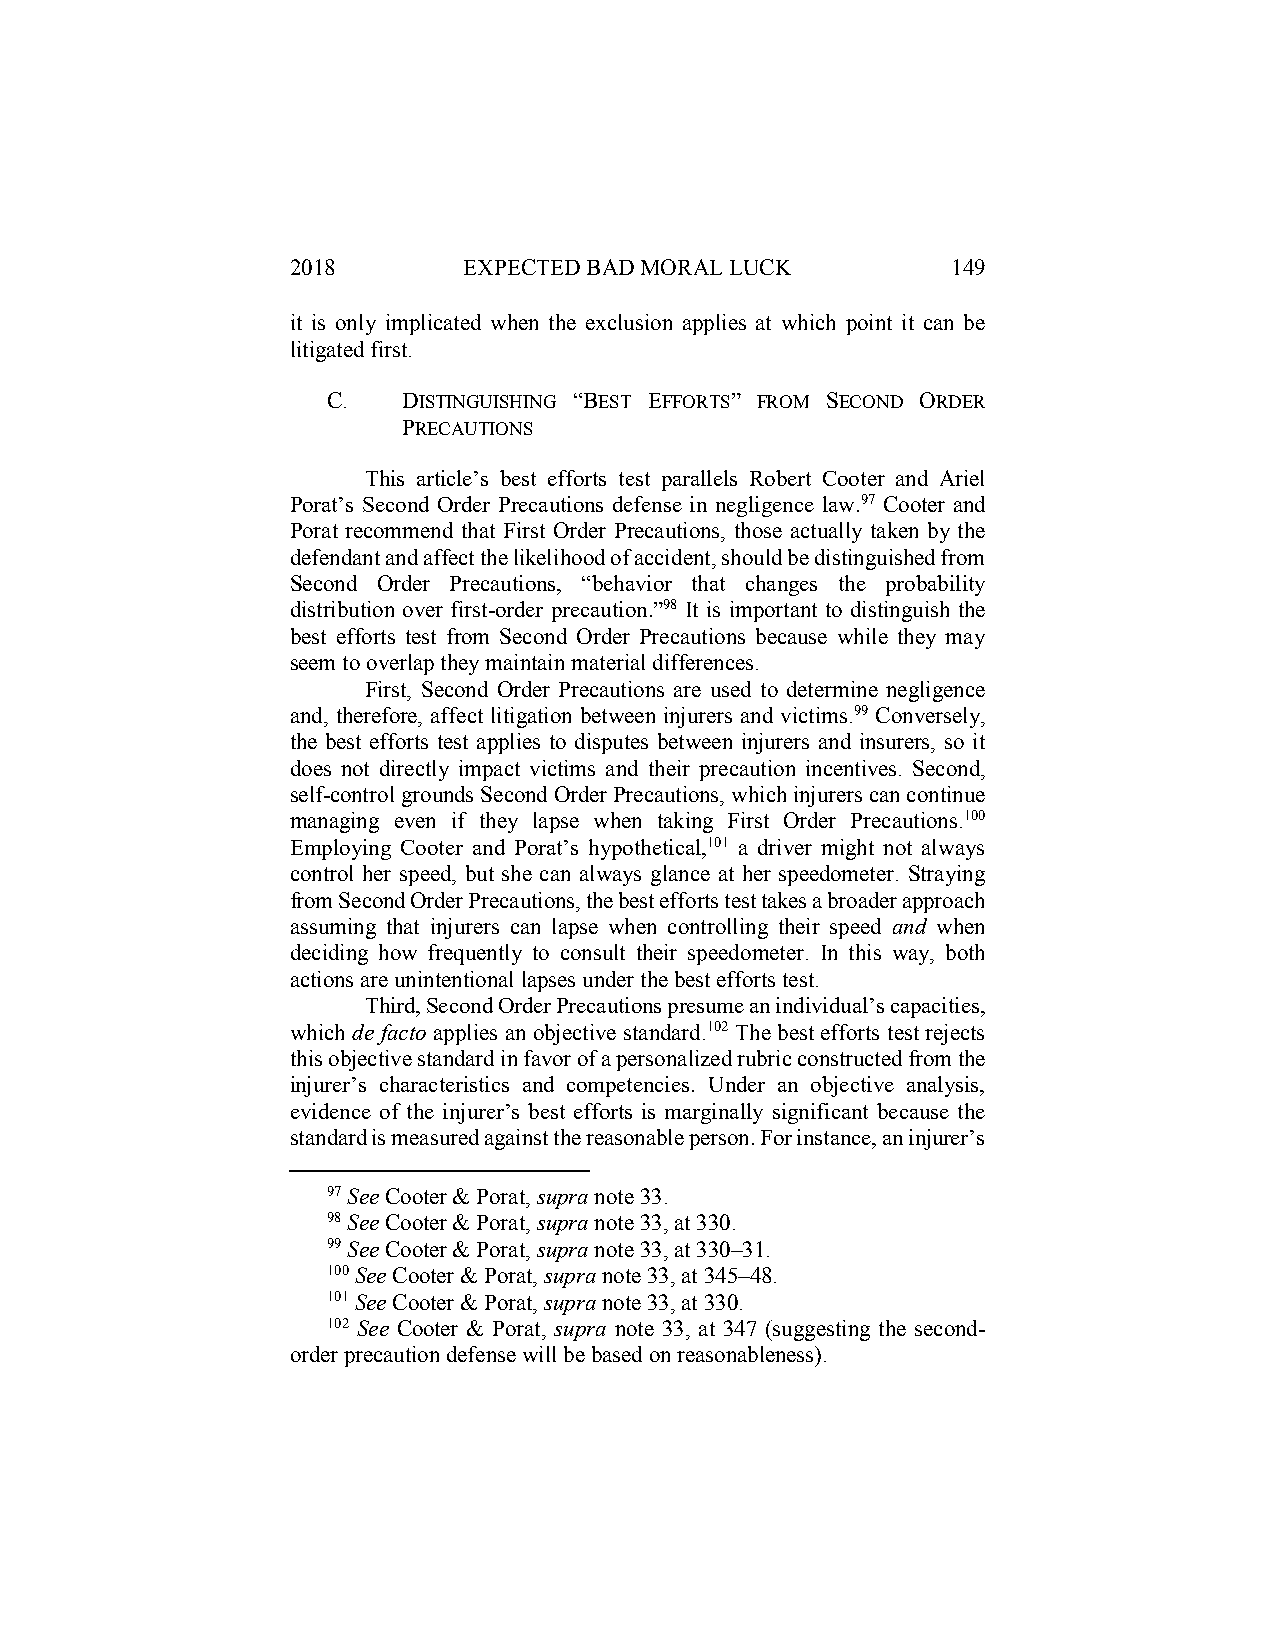
2018        EXPECTED BAD MORAL LUCK         149
 it is only implicated when the exclusion applies at which point it can be
 litigated first.
 C.   DISTINGUISHING “BEST EFFORTS” FROM SECOND ORDER
 PRECAUTIONS
 This article’s best efforts test parallels Robert Cooter and Ariel
 Porat’s Second Order Precautions defense in negligence law.97 Cooter and
 Porat recommend that First Order Precautions, those actually taken by the
 defendant and affect the likelihood of accident, should be distinguished from
 Second Order Precautions, “behavior that changes the probability
 distribution over first-order precaution.”98 It is important to distinguish the
 best efforts test from Second Order Precautions because while they may
 seem to overlap they maintain material differences.
 First, Second Order Precautions are used to determine negligence
 and, therefore, affect litigation between injurers and victims.99 Conversely,
 the best efforts test applies to disputes between injurers and insurers, so it
 does not directly impact victims and their precaution incentives. Second,
 self-control grounds Second Order Precautions, which injurers can continue
 managing even if they lapse when taking First Order Precautions.100
 Employing Cooter and Porat’s hypothetical,101 a driver might not always
 control her speed, but she can always glance at her speedometer. Straying
 from Second Order Precautions, the best efforts test takes a broader approach
 assuming that injurers can lapse when controlling their speed and when
 deciding how frequently to consult their speedometer. In this way, both
 actions are unintentional lapses under the best efforts test.
 Third, Second Order Precautions presume an individual’s capacities,
 which de facto applies an objective standard.102 The best efforts test rejects
 this objective standard in favor of a personalized rubric constructed from the
 injurer’s characteristics and competencies. Under an objective analysis,
 evidence of the injurer’s best efforts is marginally significant because the
 standard is measured against the reasonable person. For instance, an injurer’s
 97 See Cooter & Porat, supra note 33.
 98 See Cooter & Porat, supra note 33, at 330.
 99 See Cooter & Porat, supra note 33, at 330–31.
 100 See Cooter & Porat, supra note 33, at 345–48.
 101 See Cooter & Porat, supra note 33, at 330.
 102 See Cooter & Porat, supra note 33, at 347 (suggesting the second-
 order precaution defense will be based on reasonableness).